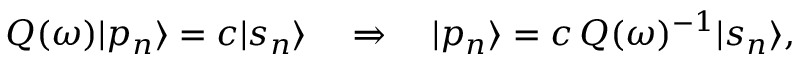
Q ( \omega ) | p _ { n } \rangle = c | s _ { n } \rangle \quad \Rightarrow \quad | p _ { n } \rangle = c \, Q ( \omega ) ^ { - 1 } | s _ { n } \rangle ,